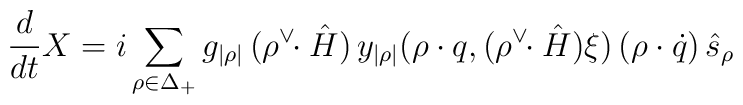
{d\over dt}X = i\sum_{\rho\in\Delta_{+}}g_{|\rho|}   \,(\rho^{\vee}\!\!\cdot\hat{H})\,y_{|\rho|}(\rho\cdot     q,(\rho^{\vee}\!\!\cdot\hat{H})\xi)\,    (\rho\cdot\dot{q})\,   \hat{s}_{\rho}